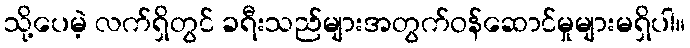
သို့ပေမဲ့ လက်ရှိတွင် ခရီးသည်များအတွက်ဝန်ဆောင်မှုများမရှိပါ။